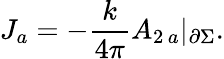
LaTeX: J_{a}=-\frac{k}{4\pi}A_{2\, a}|_{\partial\Sigma}.